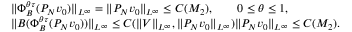
\begin{array} { r l } & { \| \Phi _ { B } ^ { \theta \tau } ( P _ { N } v _ { 0 } ) \| _ { L ^ { \infty } } = \| P _ { N } v _ { 0 } \| _ { L ^ { \infty } } \leq C ( M _ { 2 } ) , \qquad 0 \leq \theta \leq 1 , } \\ & { \| B ( \Phi _ { B } ^ { \theta \tau } ( P _ { N } v _ { 0 } ) ) \| _ { L ^ { \infty } } \leq C ( \| V \| _ { L ^ { \infty } } , \| P _ { N } v _ { 0 } \| _ { L ^ { \infty } } ) \| P _ { N } v _ { 0 } \| _ { L ^ { \infty } } \leq C ( M _ { 2 } ) . } \end{array}